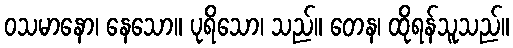
ဝသမာနော၊ နေသော။ ပုရိသော၊ သည်။ တေန၊ ထိုရန်သူသည်။